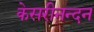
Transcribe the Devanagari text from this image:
केसरीनन्दन